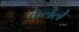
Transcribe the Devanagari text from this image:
केलॆले